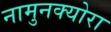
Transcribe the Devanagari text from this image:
नामुनक्योरा